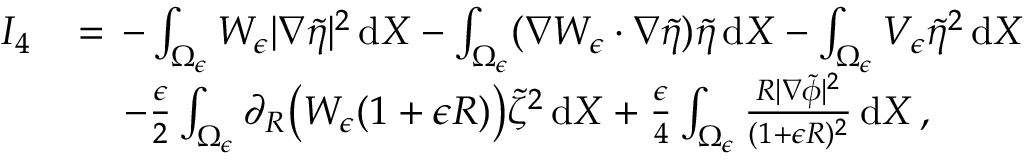
\begin{array} { r l } { I _ { 4 } \, } & { = \, - \int _ { \Omega _ { \epsilon } } W _ { \epsilon } | \nabla \tilde { \eta } | ^ { 2 } \, \mathrm { d } X - \int _ { \Omega _ { \epsilon } } ( \nabla W _ { \epsilon } \cdot \nabla \tilde { \eta } ) \tilde { \eta } \, \mathrm { d } X - \int _ { \Omega _ { \epsilon } } V _ { \epsilon } \tilde { \eta } ^ { 2 } \, \mathrm { d } X } \\ & { \quad \, - \frac { \epsilon } { 2 } \int _ { \Omega _ { \epsilon } } \partial _ { R } \bigl ( W _ { \epsilon } ( 1 + \epsilon R ) \bigr ) \tilde { \zeta } ^ { 2 } \, \mathrm { d } X + \frac { \epsilon } { 4 } \int _ { \Omega _ { \epsilon } } \frac { R | \nabla \tilde { \phi } | ^ { 2 } } { ( 1 + \epsilon R ) ^ { 2 } } \, \mathrm { d } X \, , } \end{array}